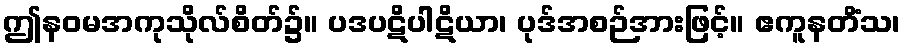
ဤနဝမအကုသိုလ်စိတ်၌။ ပဒပဋိပါဋိယာ၊ ပုဒ်အစဉ်အားဖြင့်။ ဧကူနတိံသ၊